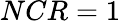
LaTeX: NCR=1